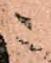
ニ